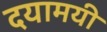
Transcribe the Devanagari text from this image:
दयामयी